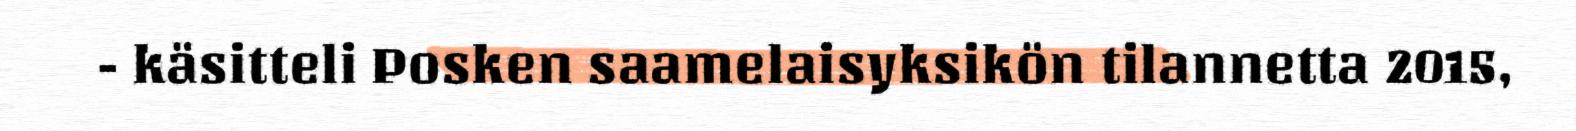
- käsitteli Posken saamelaisyksikön tilannetta 2015,